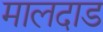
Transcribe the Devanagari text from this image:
मालदाड